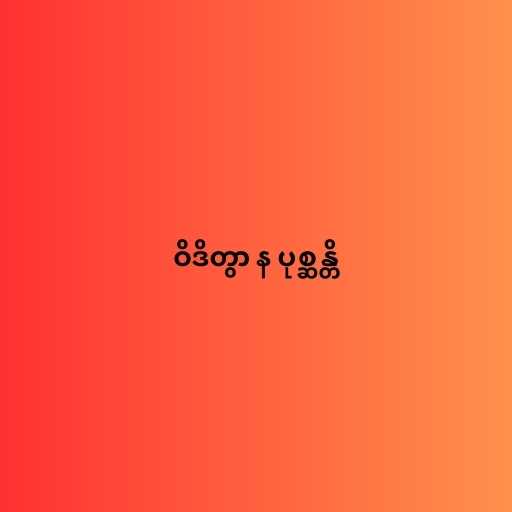
ဝိဒိတွာ န ပုစ္ဆန္တိ